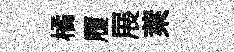
橘履展萊